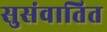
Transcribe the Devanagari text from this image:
सुसंवातित